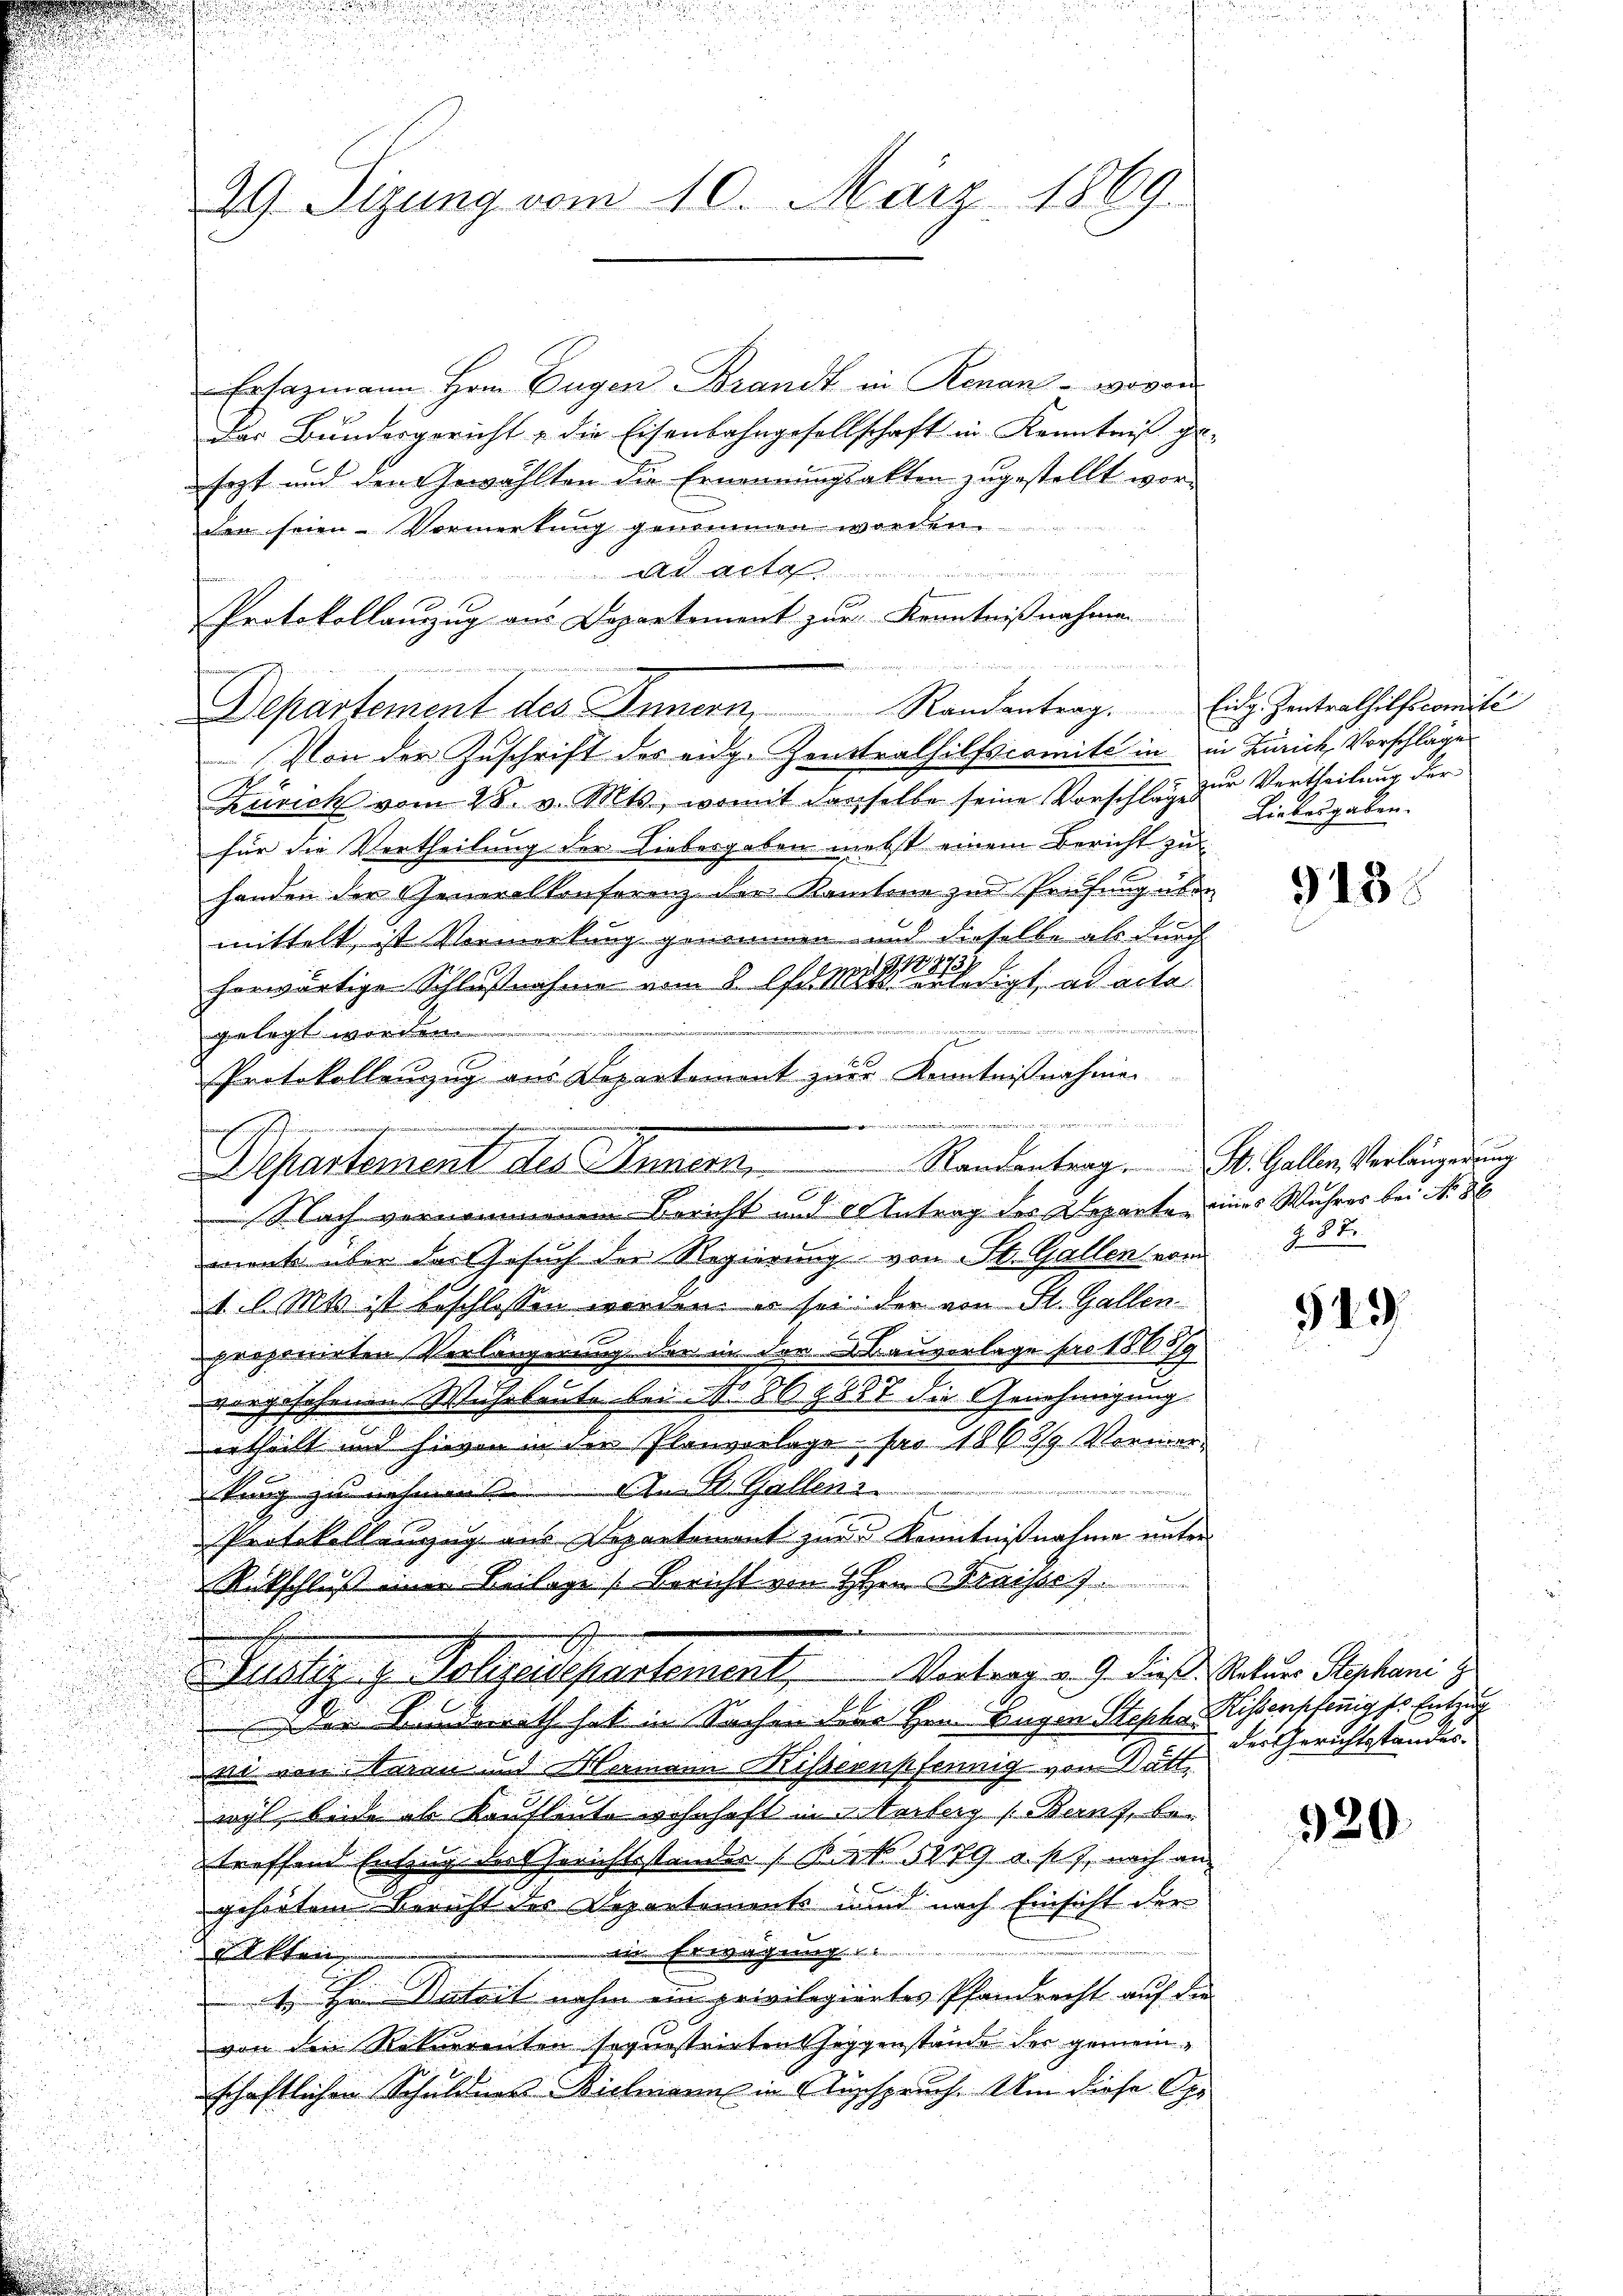
29. Sizung vom 10. März 1869

Ersazmann Hern Eugen Brandt in Renan - wovon
Das Bundesgericht & die Eisenbahngesellschaft in Kenntniß ge-
sezt und den gewählten die Ernennungsakten zugestellt wor-
den seien Vormerkung genommen worden.
d Acta
Protokollauzzug aus Departement zur Kenntnißnahmen
Von der Zuschrift des eige Zentralhilfscomite in in Zürich, Vorschlages
Zusick vom 28. v. Mts., womit dasselbe seine Vorschlag zur Vertheilung der
für die Vertheilung der Liebesgaben nebst einem Bericht zu
handen der Generalkonferenz der Kantone zur Prüfung über
A
mittelt, ist Vormerkung genommen und dieselbe als durch
,1884.
herwärtige Schlußnahme vom 8. Apr. 1841 a Spt. ad acta
 ich in der ein . . . . . . . . . .
5
gelegt worden.
Protokollenzug aus Departement zur Kenntnißnahme

i der
Nach vernommenen Bericht und Antrag des Departen eines Wahrer bei No 86
mente über das Gesuch der Regierung von St. Gallen vom 8. 37.
1. l. Mts. ist beschlossen werden, es sei der von St. Gallen
.
proponirten Verlängerung der in der Bauverlage pro 1869
.
vorgesehenen Wuhrleute bei No 86 § 887 die Genehmigung
urtheilt und hievon in den Planvorlage pro 1863/9 Vormer-
tung zu nehmen. An St. Gallen
Protokollenzug aus Departement zur Kenntnißnahme unter
Rückschluss einer Beilage Bericht von Hrn Fraisse 7.
Pelliges. Palgalserstement, Vertragen , daß Seiten Kosten ge
E
 der Linderrath hat in Sachen dene Hrn. Begen Stepha Kissenpfenig pr. Entzug
Dai von Baren und Mamann Kissernstfernig von Gatt
wyl, beide ab Kaufleute wohnhaft in Verberg (Banf, be-
treffend Entzug der Gerichtsstandes (R 52779 u. s. f. nach an
gehörtem Bericht des Departements und nach Einsicht der
ein Erwägung
Rakken
 Hr. Datoit nahm in privilegiertes Pfandrecht auf die
u
von den Rekurrenten soquestrirten Hoggenstande der gemein¬
.
schaftlichen Schuldner Bielmann in Ausspruch. Um diese Ope
i
d

Departement des Inner.        Randantrag . . . . Gallen Verlängerung

Departement des Innern, Randantrag. Eides Zentrathilfscomite

Liebesgaben.

518.

549

der Gerichtsstandes.

920.